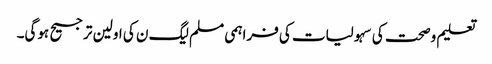
تعلیم وصحت کی سہولیات کی فراہمی مسلم لیگ ن کی اولین ترجیح ہوگی۔